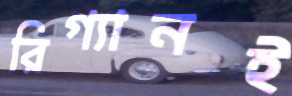
রিগ্যানই